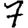
Digit: 7